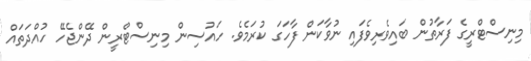
މިނިސްޓްރީގެ ފަރާތުން ބައިވެރިވެފައި ނުވާކަން ފާހަގަ ކުރަމެވެ. ހައުސިން މިނިސްޓްރީން ދޭންޖެހޭ ހުއްދަތައް